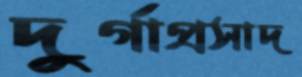
দুর্গাপ্রসাদ